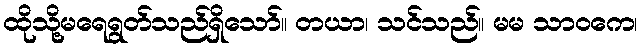
ထိုသို့မရေရွတ်သည်ရှိသော်။ တယာ၊ သင်သည်။ မမ သာဝကေ၊